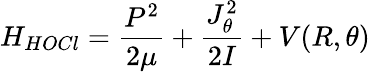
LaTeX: H_{HOCl}=\frac{P^{2}}{2\mu}+\frac{J_{\theta}^{2}}{2I}+V(R,\theta)